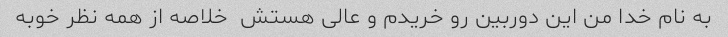
به نام خدا من این دوربین رو خریدم و عالی هستش  خلاصه از همه نظر خوبه